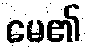
မေ၏